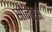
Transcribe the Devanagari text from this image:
सोंनेट्स